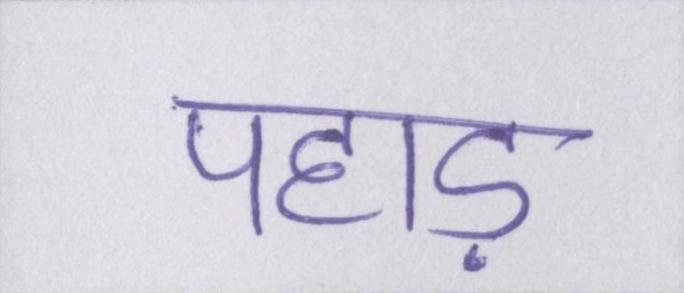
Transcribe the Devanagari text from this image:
पहाड़